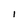
Character: l